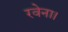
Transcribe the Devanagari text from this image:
रवेना।